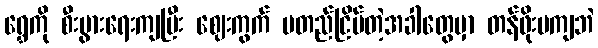
ရွှေကို စီးပွားရေးကျပြီး ဈေးကွက် မတည်ငြိမ်တဲ့အခါတွေမှာ တန်ဖိုးမကျဘဲ